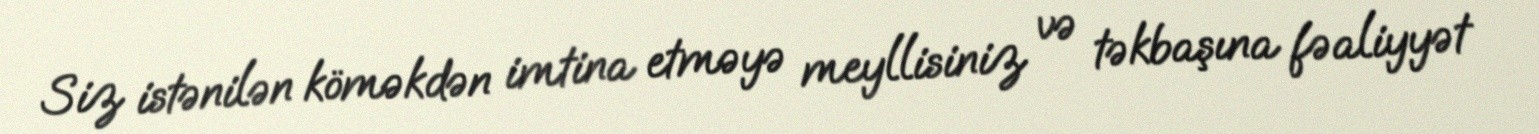
Siz istənilən köməkdən imtina etməyə meyllisiniz və təkbaşına fəaliyyət